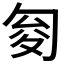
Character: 𠣟